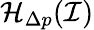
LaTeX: \mathcal{H}_{\Delta p}(\mathcal{I})